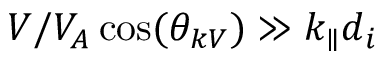
V / V _ { A } \cos ( \theta _ { k V } ) \gg k _ { \parallel } d _ { i }